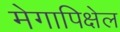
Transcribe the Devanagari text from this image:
मेगापिक्षेल